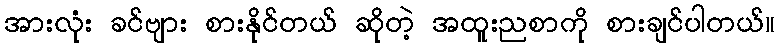
အားလုံး ခင်ဗျား စားနိုင်တယ် ဆိုတဲ့ အထူးညစာကို စားချင်ပါတယ်။